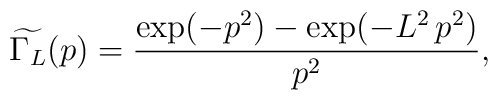
\widetilde{\Gamma_L}(p)=\frac{\exp (-p^2)-\exp (-L^2\,p^2)}{p^2},